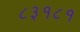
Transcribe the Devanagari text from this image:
८३१८१